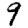
Digit: 9